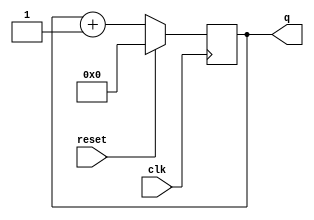
module counter#(parameter N = 8)(input clk,input reset,output reg[N-1:0] q);
	always @(posedge clk)
	begin
		if(reset)
			q<=0;
		else
			q<=q+1;
	end
endmodule

module counter_tb;

	parameter N = 32;
	reg clk;
	reg reset;
	wire [N-1:0] q;
	
	always
	begin
	clk = 1;#1;
	clk = 0;#1;
	end
	
	counter #(N)DUT(.clk(clk),.reset(reset),.q(q));
	
	initial
	begin
	reset = 1; #5;reset = 0;
	#50 reset = 1;#5;reset = 0;
	end
	
	always @(posedge clk)
	begin
		$display("q:%d,reset:%d",q,reset);
	end
	
endmodule